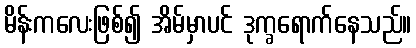
မိန်းကလေးဖြစ်၍ အိမ်မှာပင် ဒုက္ခရောက်နေသည်။